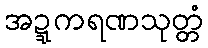
အဍ္ဍကရဏသုတ္တံ